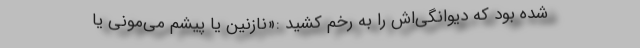
شده بود که دیوانگی‌اش را به رخم کشید :«نازنین یا پیشم می‌مونی یا